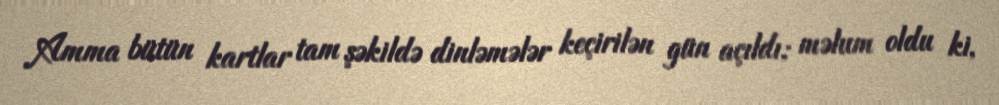
Amma bütün kartlar tam şəkildə dinləmələr keçirilən gün açıldı; məlum oldu ki,